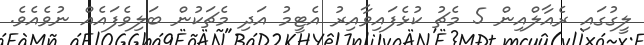
ލީގުގައި ރެއާލްއިން 5 މެޗު ކުޅެފައިވާއިރު އެޓީމު އަދި މެޗަކުން ބަލިވެފައެއް ނުވެއެވެ.